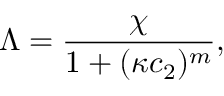
\Lambda = \frac { \chi } { 1 + ( \kappa c _ { 2 } ) ^ { m } } ,